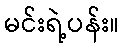
မင်းရဲ့ပန်း။